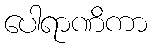
ပေါရာဏိကာ